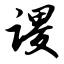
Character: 谡